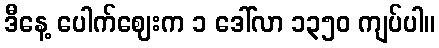
ဒီနေ့ ပေါက်ဈေးက ၁ ဒေါ်လာ ၁၃၅၀ ကျပ်ပါ။